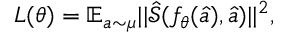
L ( \theta ) = \mathbb { E } _ { a \sim \mu } | | \hat { \mathcal { S } } ( f _ { \theta } ( \hat { a } ) , \hat { a } ) | | ^ { 2 } ,